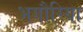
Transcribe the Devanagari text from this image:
भगौरिया